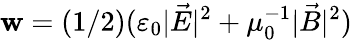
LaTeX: \mathbf{w}=(1/2)(\varepsilon_{0}|{\vec{{E}}}|^{2}+\mu_{0}^{-1}|{\vec{{B}}}|^{2})